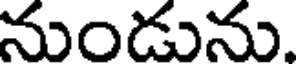
నుండును.